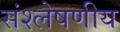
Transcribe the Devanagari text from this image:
संश्लेषणीय